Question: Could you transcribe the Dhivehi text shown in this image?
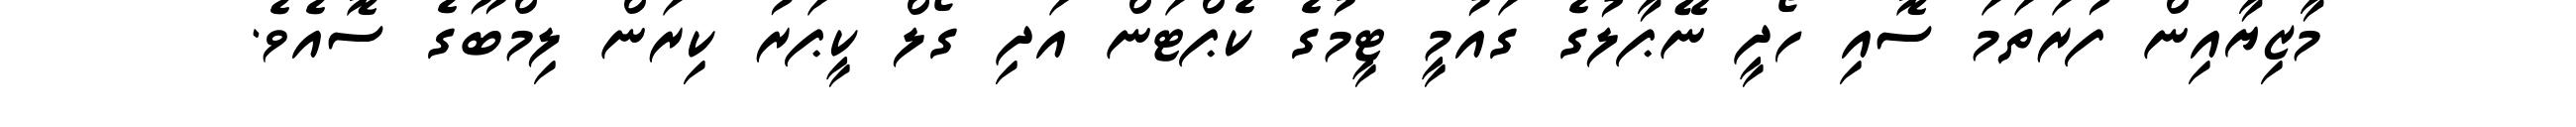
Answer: މާޒިޔާއިން ފުރަތަމަ ސޮއި ހޯދީ ނޭޕާލުގެ ގައުމީ ޓީމުގެ ކެޕްޓަން އަދި ގޯލް ކީޕަރު ކިރަން ލިމްބޫގެ ސޮއެވެ.